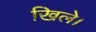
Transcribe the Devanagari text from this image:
खिले।